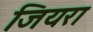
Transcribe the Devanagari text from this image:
जियरा